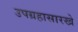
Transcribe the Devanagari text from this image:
उपग्रहासारखे